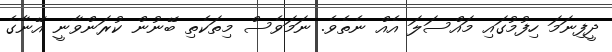
ދީފިނަމަ ހިފުމުގައި މައްސަލަ އެއް ނެތެވެ. ނަމަވެސް މިތަކެތި ބޭނުން ކުރަންވާނީ އޭނާގެ